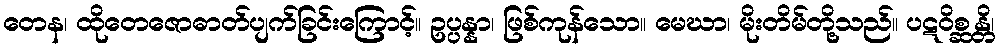
တေန၊ ထိုတေဇောဓာတ်ပျက်ခြင်းကြောင့်။ ဥပ္ပန္နာ၊ ဖြစ်ကုန်သော။ မေဃာ၊ မိုးတိမ်တို့သည်။ ပဋဝိစ္ဆန္တိ၊